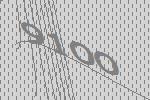
9100